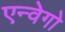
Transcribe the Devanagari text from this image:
एन्वेगो